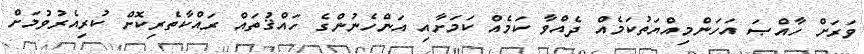
ވަރަށް ހާއްޞަ އަހަންމިއްޔަތުކަމެއް ދެއްވާ ކަމެއް ކަމަށާއި އަންހެނުންގެ ހައްޤުތައް ރައްކާތެރިކޮށް ކުރިއެރުވުމަށް